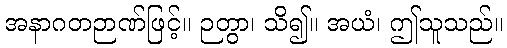
အနာဂတဉာဏ်ဖြင့်။ ဉတွာ၊ သိ၍။ အယံ၊ ဤသူသည်။